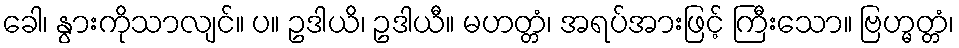
ခေါ၊ နွားကိုသာလျင်။ ပ။ ဥဒါယိ၊ ဥဒါယီ။ မဟတ္တံ၊ အရပ်အားဖြင့် ကြီးသော။ ဗြဟ္မတ္တံ၊